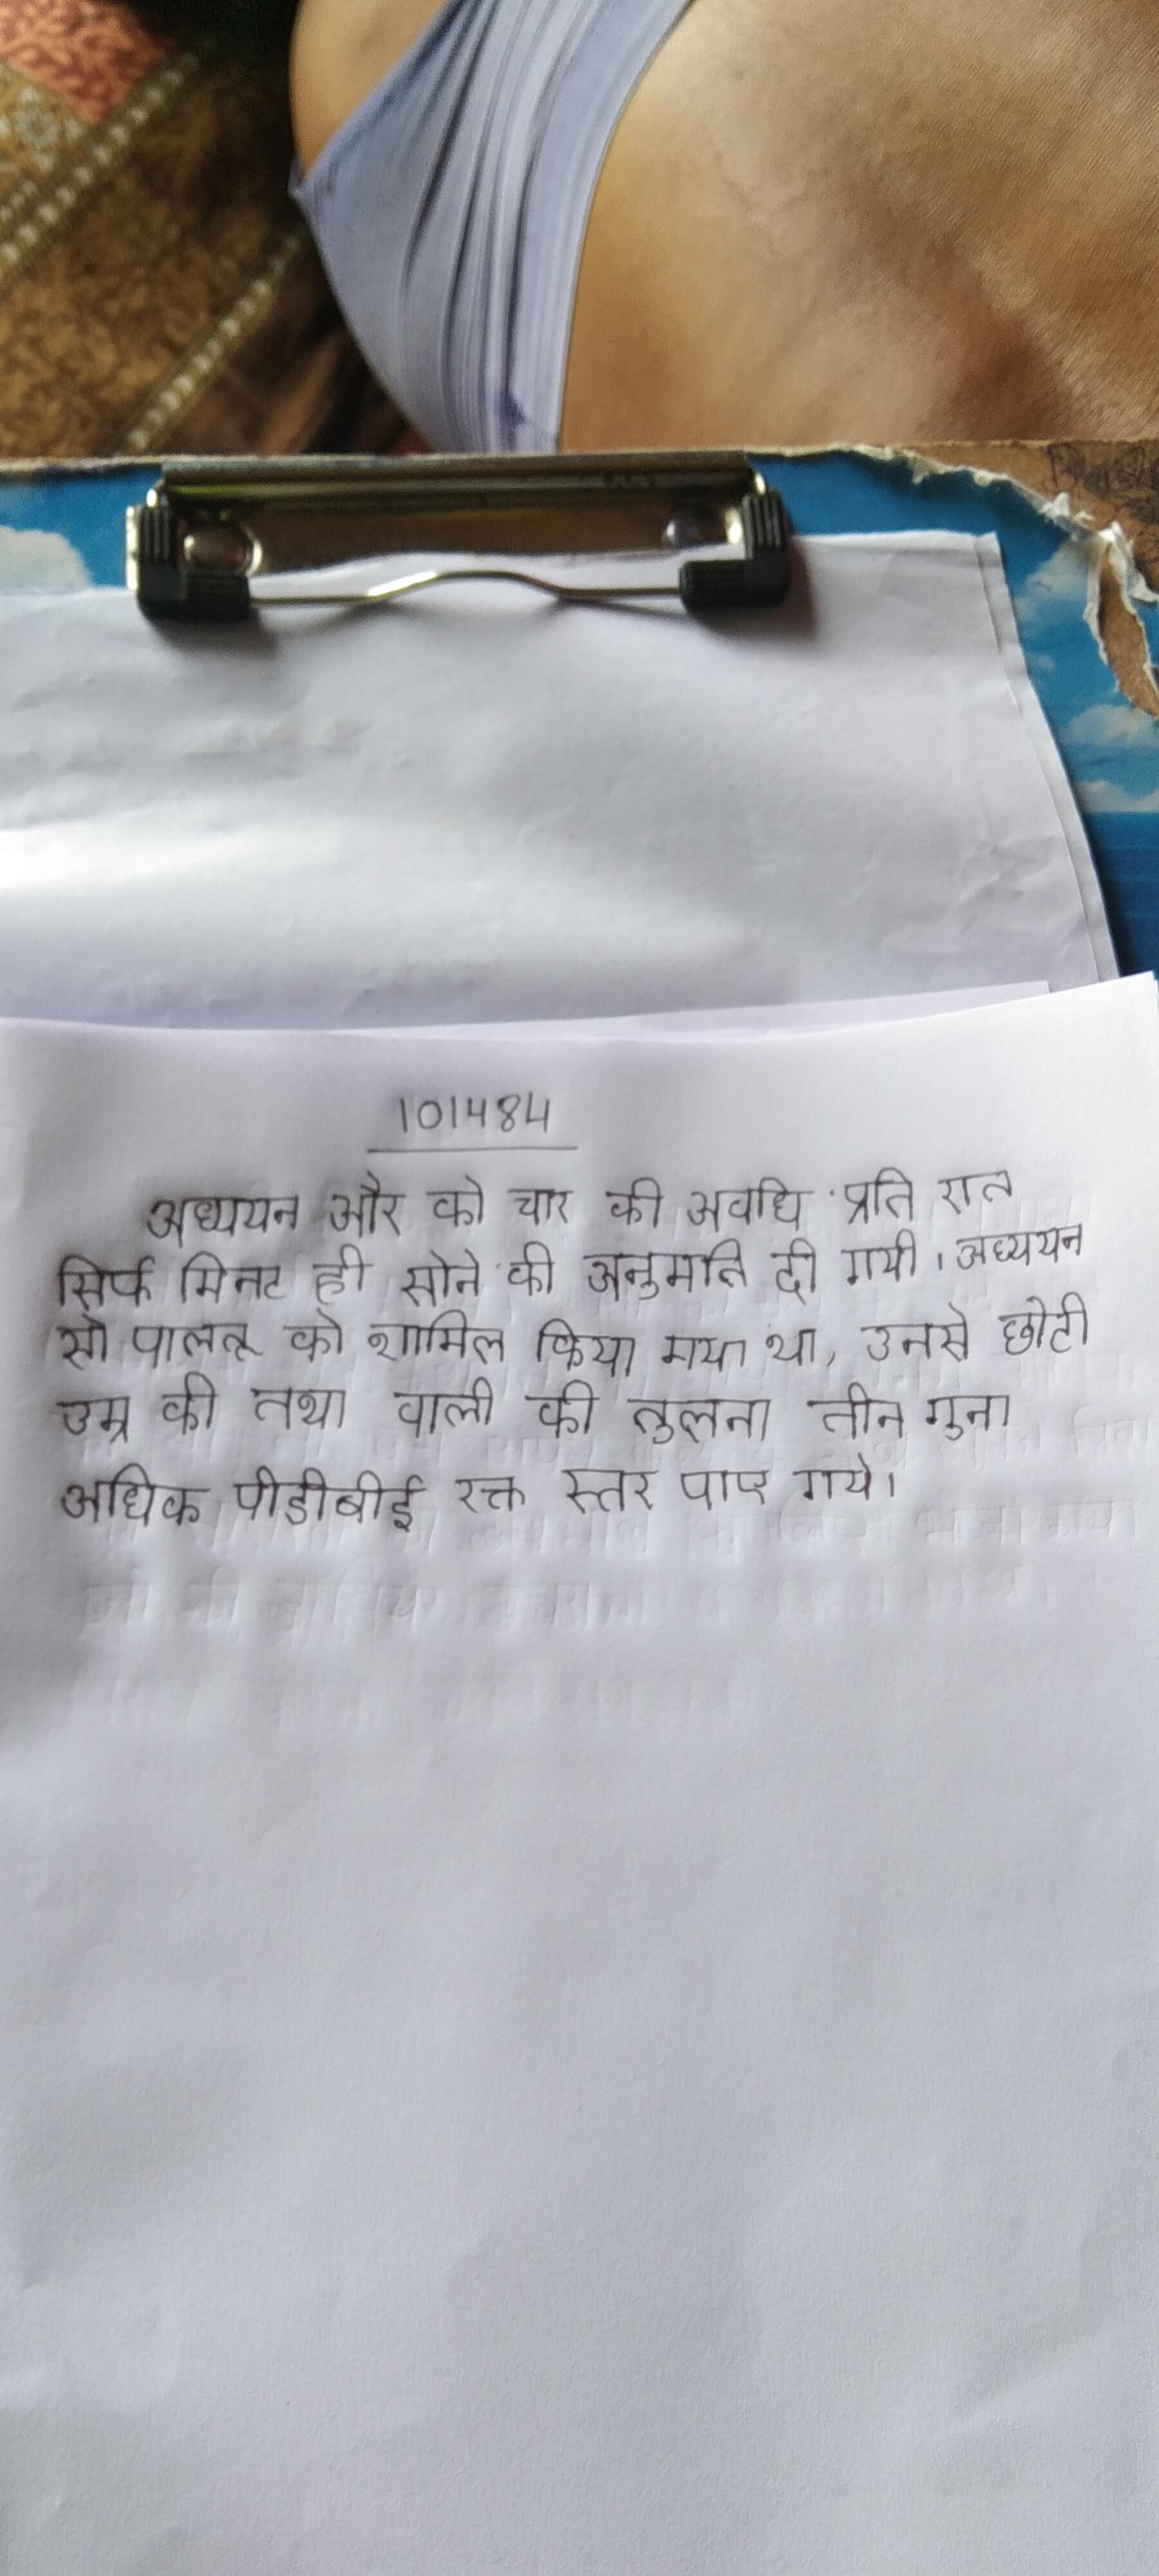
अध्ययन और को चार की अवधि प्रति रात सिर्फ मिनट ही सोने की अनुमति दी गयी । अध्ययन से पालतू को शामिल किया गया था, उनसे छोटी उम्र की तथा वाली की तुलना तीन गुना अधिक पीडीबीई रक्त स्तर पाए गये ।